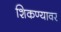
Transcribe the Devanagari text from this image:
शिकण्यावर